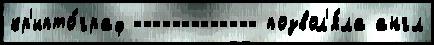
кр'ипто́граф ------------- позвол'я́ла англ